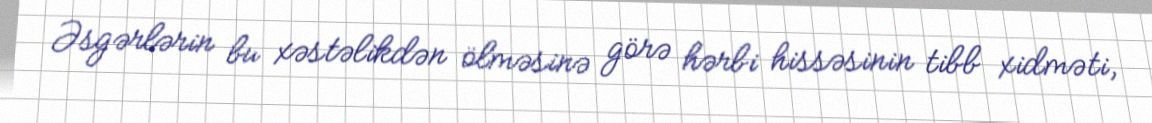
Əsgərlərin bu xəstəlikdən ölməsinə görə hərbi hissəsinin tibb xidməti,